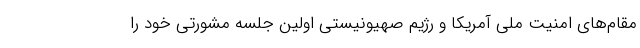
مقام‌های امنیت ملی آمریکا و رژیم صهیونیستی اولین جلسه مشورتی خود را